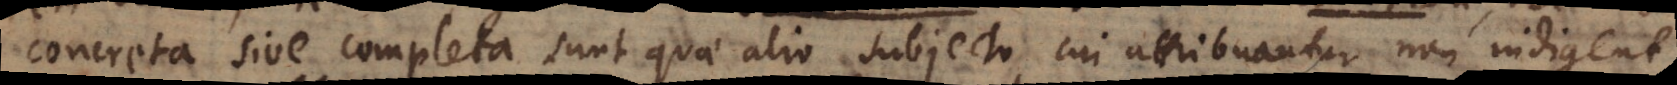
concreta sive completa sunt quae alio subjecto cui attribuantur non indigent,